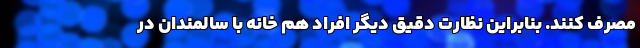
مصرف کنند. بنابراین نظارت دقیق دیگر افراد هم خانه با سالمندان در